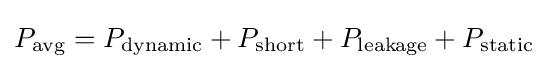
P_{\text{avg}}=P_{\text{dynamic}}+P_{\text{short}}+P_{\text{leakage}}+P_{\text{static}}